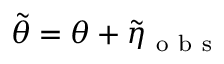
\tilde { \theta } = \theta + \tilde { \eta } _ { \mathrm { ~ o ~ b ~ s ~ } }